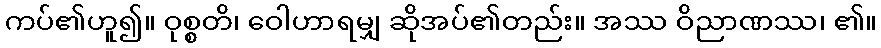
ကပ်၏ဟူ၍။ ဝုစ္စတိ၊ ဝေါဟာရမျှ ဆိုအပ်၏တည်း။ အဿ ဝိညာဏဿ၊ ၏။